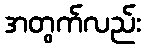
အတွက်လည်း